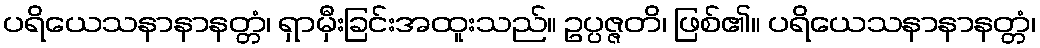
ပရိယေသနာနာနတ္တံ၊ ရှာမှီးခြင်းအထူးသည်။ ဥပ္ပဇ္ဇတိ၊ ဖြစ်၏။ ပရိယေသနာနာနတ္တံ၊